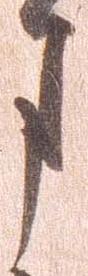
ま